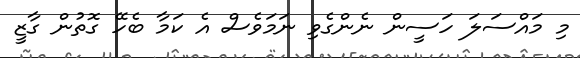
މި މައްސަލަ ހަސީން ނެންގެވި ނަމަވެސް އެ ކަމާ ބެހޭ ގޮތުން ގާޒީ